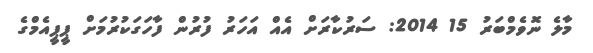
މާލެ ނޮވެމްބަރު 15 2014: ސަރުކާރަށް އެއް އަހަރު ފުރުން ފާހަގަކުރުމަށް ޕީޕީއެމްގެ